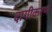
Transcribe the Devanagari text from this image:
दागीकरण